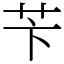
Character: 苄